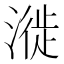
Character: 漇